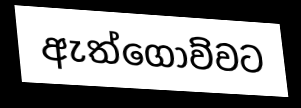
ඇත්ගොව්වට